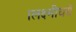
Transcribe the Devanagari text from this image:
।लक्ष्मीधरो